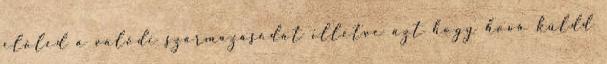
előled a valódi származásodat illetve azt hogy hová küldd